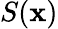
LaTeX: S(\mathbf{x})